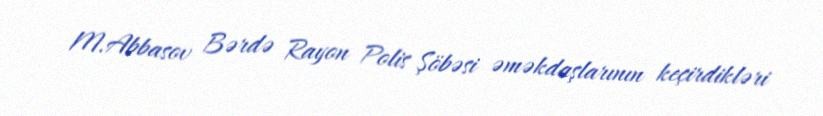
M.Abbasov Bərdə Rayon Polis Şöbəsi əməkdaşlarının keçirdikləri